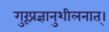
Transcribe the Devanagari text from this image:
गुरूप्रज्ञानुशीलनात्।